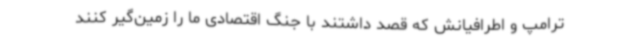
ترامپ و اطرافیانش که قصد داشتند با جنگ اقتصادی ما را زمین‌گیر کنند